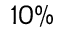
1 0 \%